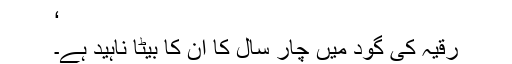
‘
رقیہ کی گود میں چار سال کا ان کا بیٹا ناہید ہے۔